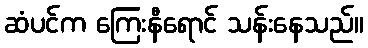
ဆံပင်က ကြေးနီရောင် သန်းနေသည်။